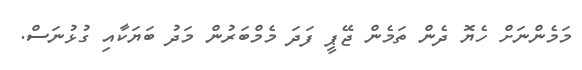
މަމެންނަށް ހެޔޮ ދެން ތަމެން ޖޭޕީ ފަދަ މެމްބަރުން މަދު ބަޔަކާއި ގުޅުނަސް.